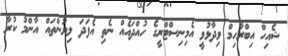
ޝެއިހް އިބްރާހިމް ވިދާޅުވީ އެމިނިސްޓްރީގެ ހުއްދައެއް ނެތި އެފަދަ ލިޔުންތައް އާންމު ކުރާ